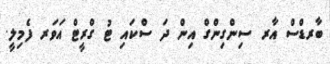
ބާރޑްސް އާރ ސިންގިންގް އިން ދަ ސްކައި ޓު ގްރީޓް އަވަރ ފެމިލީ.